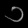
Digit: ၁